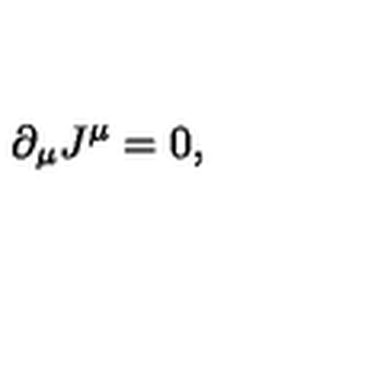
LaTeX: \partial _ { \mu } J ^ { \mu } = 0 ,